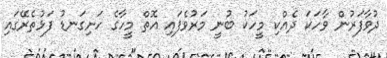
ދުވާފަރުން ވާހަކަ ދެއްކި މީހަކު ބުނީ މަރުވެފައި އޮތް މީހާގެ ހަށިގަނޑު ފަޅުތެރޭގައި